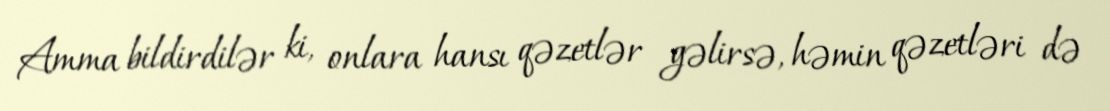
Amma bildirdilər ki, onlara hansı qəzetlər gəlirsə, həmin qəzetləri də